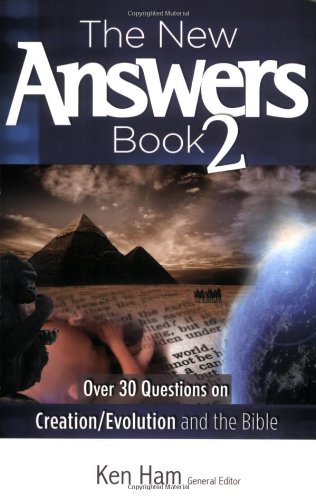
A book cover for The New Answers Book Vol. 2: Over 30 Questions on Evolution/Creation and the Bible (New Answers (Master Books)); Ken Ham; Christian Books & Bibles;